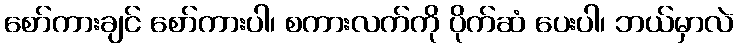
စော်ကားချင် စော်ကားပါ၊ စကားလက်ကို ပိုက်ဆံ ပေးပါ၊ ဘယ်မှာလဲ